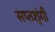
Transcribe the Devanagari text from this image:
सप्‍तशृंगी